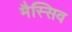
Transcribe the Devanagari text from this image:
मैस्सिव